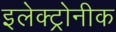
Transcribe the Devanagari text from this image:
इलेक्ट्रोनीक